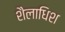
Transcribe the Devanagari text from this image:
शैलाधिश